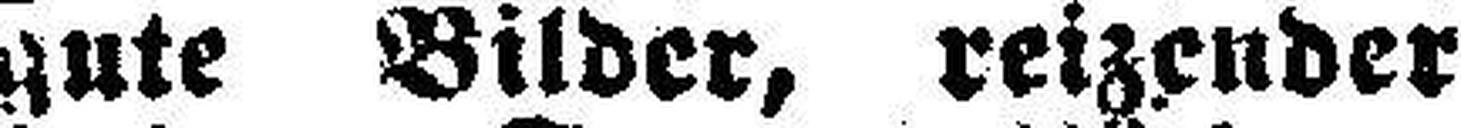
gute Bilder, reizender